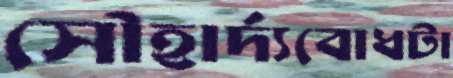
সৌহার্দ্যবোধটা